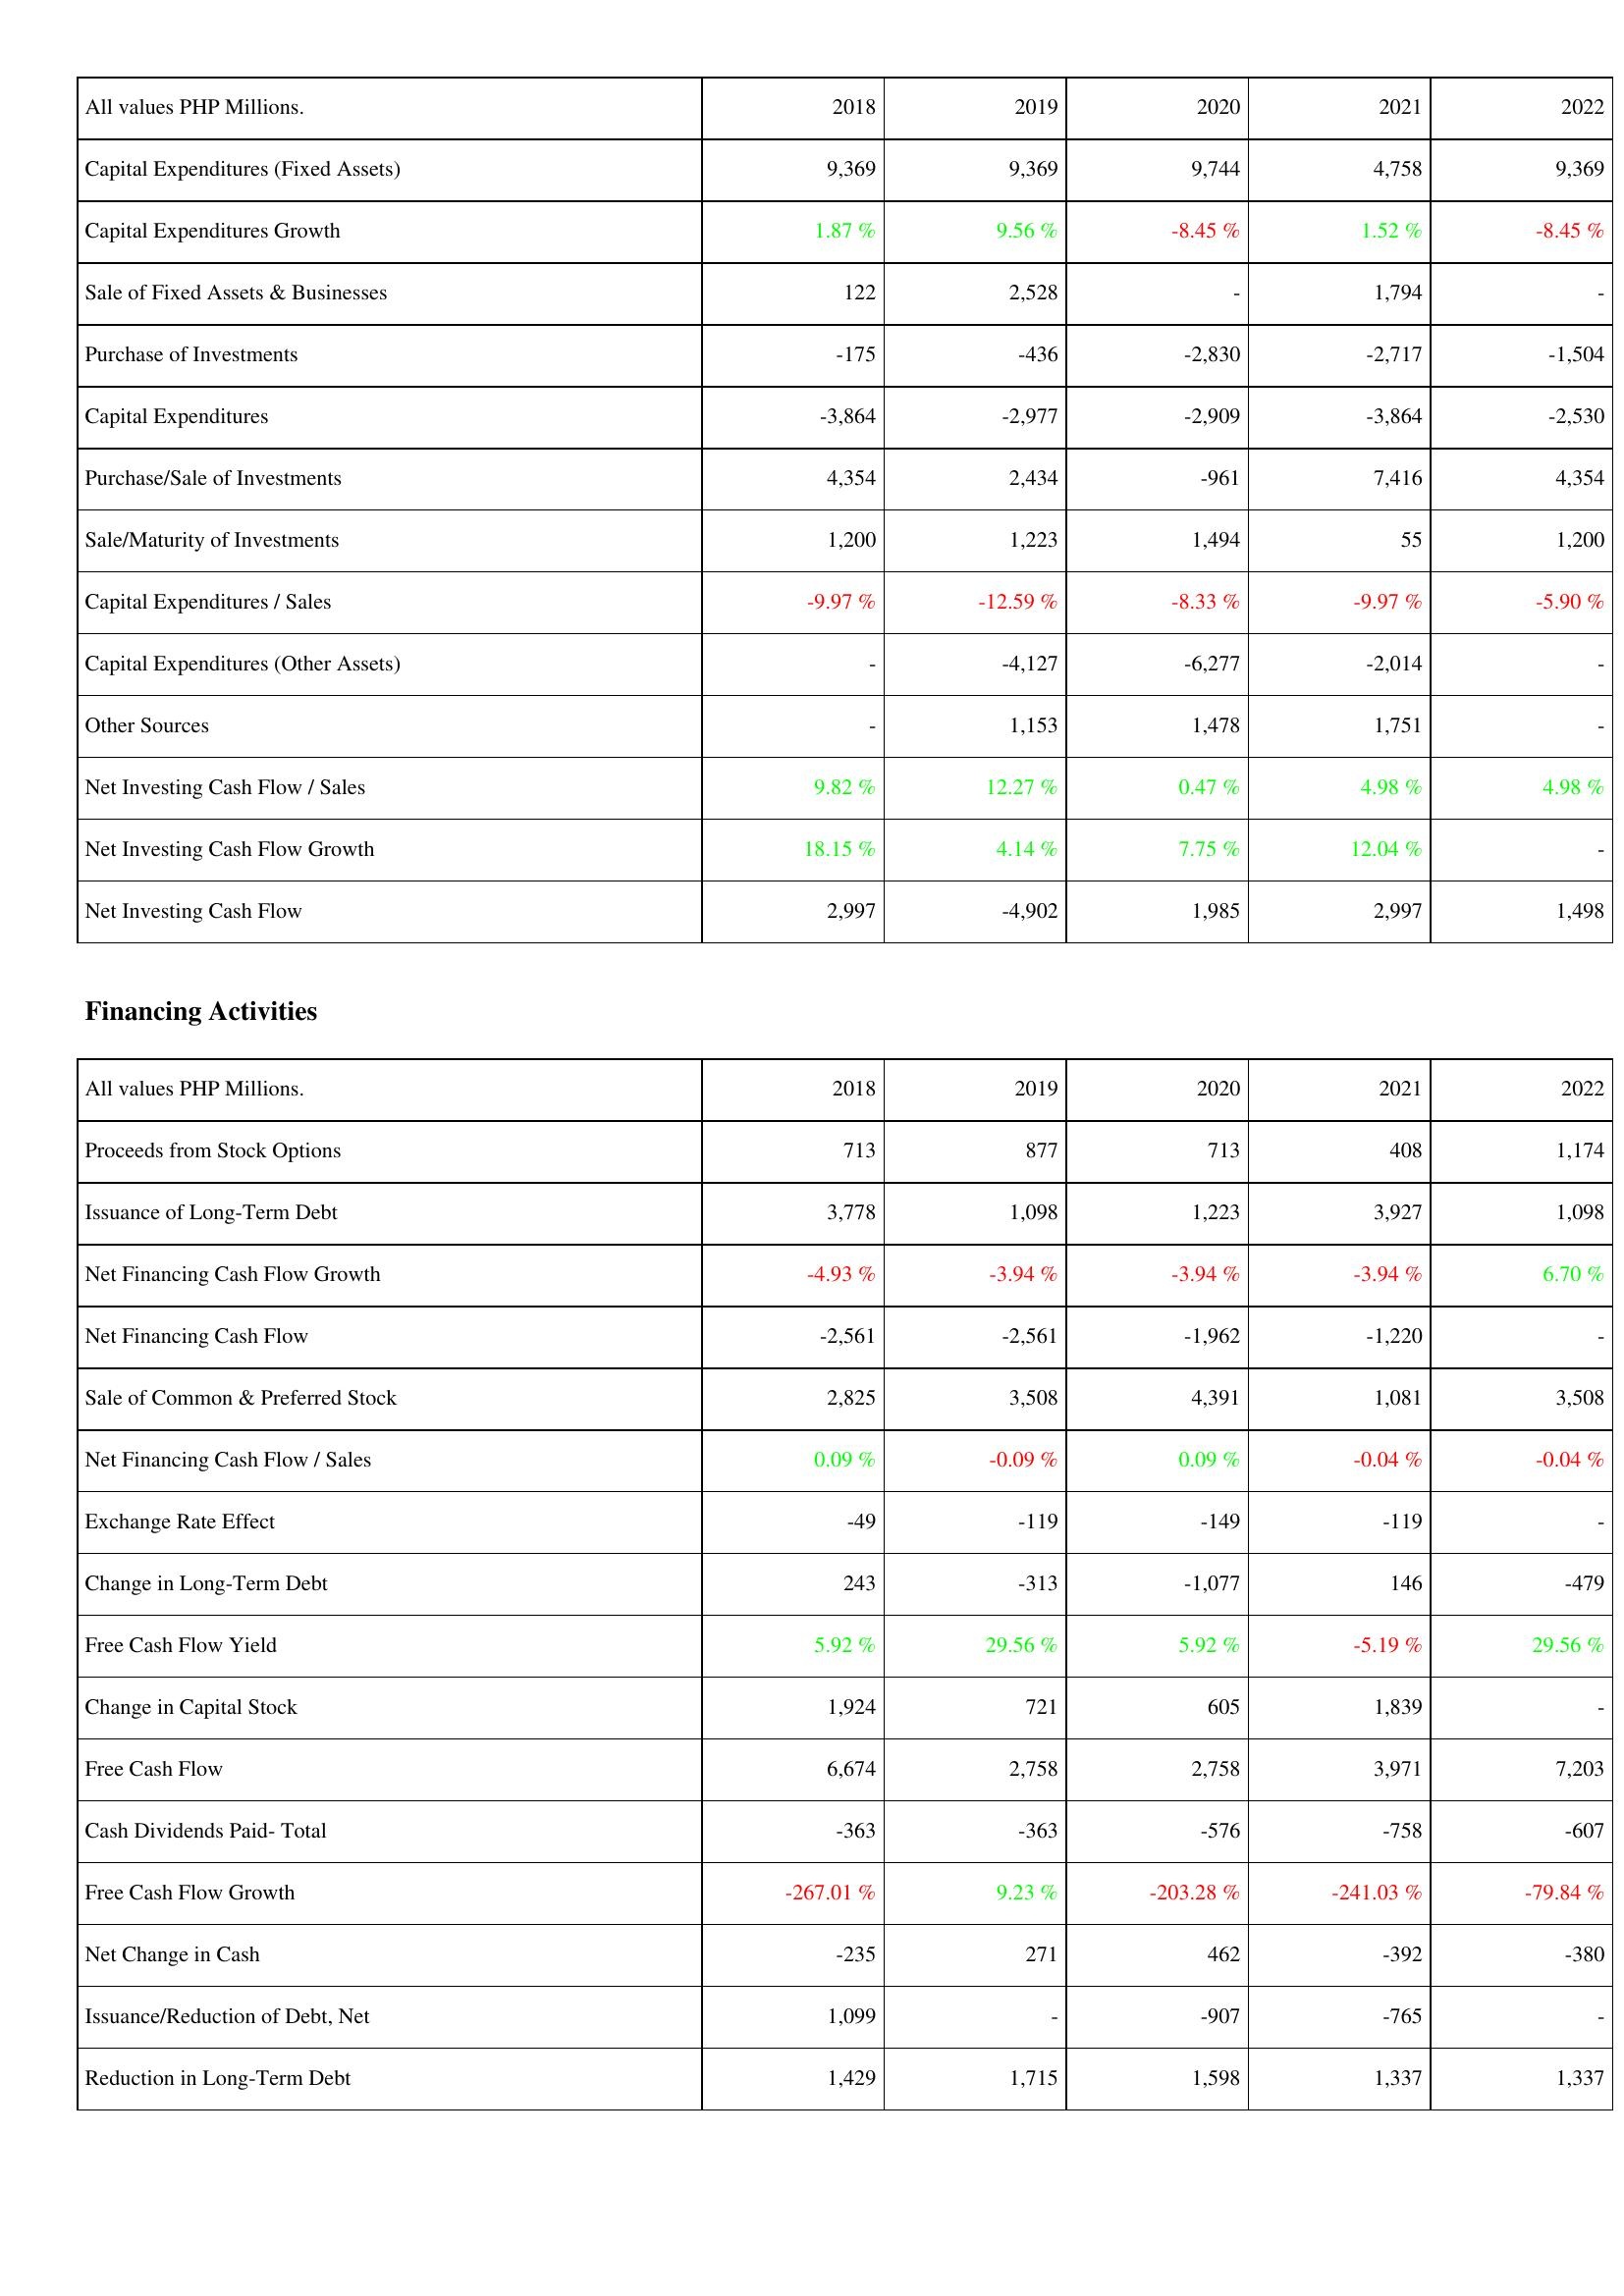
2018: Investing Activities: Capital Expenditures (Fixed Assets): 9,369
Capital Expenditures Growth: 1.87 %
Sale of Fixed Assets & Businesses: 122
Purchase of Investments: -175
Capital Expenditures: -3,864
Purchase/Sale of Investments: 4,354
Sale/Maturity of Investments: 1,200
Capital Expenditures / Sales: -9.97 %
Capital Expenditures (Other Assets): -
Other Sources: -
Net Investing Cash Flow / Sales: 9.82 %
Net Investing Cash Flow Growth: 18.15 %
Net Investing Cash Flow: 2,997
Financing Activities: Proceeds from Stock Options: 713
Issuance of Long-Term Debt: 3,778
Net Financing Cash Flow Growth: -4.93 %
Net Financing Cash Flow: -2,561
Sale of Common & Preferred Stock: 2,825
Net Financing Cash Flow / Sales: 0.09 %
Exchange Rate Effect: -49
Change in Long-Term Debt: 243
Free Cash Flow Yield: 5.92 %
Change in Capital Stock: 1,924
Free Cash Flow: 6,674
Cash Dividends Paid- Total: -363
Free Cash Flow Growth: -267.01 %
Net Change in Cash: -235
Issuance/Reduction of Debt, Net: 1,099
Reduction in Long-Term Debt: 1,429
2019: Investing Activities: Capital Expenditures (Fixed Assets): 9,369
Capital Expenditures Growth: 9.56 %
Sale of Fixed Assets & Businesses: 2,528
Purchase of Investments: -436
Capital Expenditures: -2,977
Purchase/Sale of Investments: 2,434
Sale/Maturity of Investments: 1,223
Capital Expenditures / Sales: -12.59 %
Capital Expenditures (Other Assets): -4,127
Other Sources: 1,153
Net Investing Cash Flow / Sales: 12.27 %
Net Investing Cash Flow Growth: 4.14 %
Net Investing Cash Flow: -4,902
Financing Activities: Proceeds from Stock Options: 877
Issuance of Long-Term Debt: 1,098
Net Financing Cash Flow Growth: -3.94 %
Net Financing Cash Flow: -2,561
Sale of Common & Preferred Stock: 3,508
Net Financing Cash Flow / Sales: -0.09 %
Exchange Rate Effect: -119
Change in Long-Term Debt: -313
Free Cash Flow Yield: 29.56 %
Change in Capital Stock: 721
Free Cash Flow: 2,758
Cash Dividends Paid- Total: -363
Free Cash Flow Growth: 9.23 %
Net Change in Cash: 271
Issuance/Reduction of Debt, Net: -
Reduction in Long-Term Debt: 1,715
2020: Investing Activities: Capital Expenditures (Fixed Assets): 9,744
Capital Expenditures Growth: -8.45 %
Sale of Fixed Assets & Businesses: -
Purchase of Investments: -2,830
Capital Expenditures: -2,909
Purchase/Sale of Investments: -961
Sale/Maturity of Investments: 1,494
Capital Expenditures / Sales: -8.33 %
Capital Expenditures (Other Assets): -6,277
Other Sources: 1,478
Net Investing Cash Flow / Sales: 0.47 %
Net Investing Cash Flow Growth: 7.75 %
Net Investing Cash Flow: 1,985
Financing Activities: Proceeds from Stock Options: 713
Issuance of Long-Term Debt: 1,223
Net Financing Cash Flow Growth: -3.94 %
Net Financing Cash Flow: -1,962
Sale of Common & Preferred Stock: 4,391
Net Financing Cash Flow / Sales: 0.09 %
Exchange Rate Effect: -149
Change in Long-Term Debt: -1,077
Free Cash Flow Yield: 5.92 %
Change in Capital Stock: 605
Free Cash Flow: 2,758
Cash Dividends Paid- Total: -576
Free Cash Flow Growth: -203.28 %
Net Change in Cash: 462
Issuance/Reduction of Debt, Net: -907
Reduction in Long-Term Debt: 1,598
2021: Investing Activities: Capital Expenditures (Fixed Assets): 4,758
Capital Expenditures Growth: 1.52 %
Sale of Fixed Assets & Businesses: 1,794
Purchase of Investments: -2,717
Capital Expenditures: -3,864
Purchase/Sale of Investments: 7,416
Sale/Maturity of Investments: 55
Capital Expenditures / Sales: -9.97 %
Capital Expenditures (Other Assets): -2,014
Other Sources: 1,751
Net Investing Cash Flow / Sales: 4.98 %
Net Investing Cash Flow Growth: 12.04 %
Net Investing Cash Flow: 2,997
Financing Activities: Proceeds from Stock Options: 408
Issuance of Long-Term Debt: 3,927
Net Financing Cash Flow Growth: -3.94 %
Net Financing Cash Flow: -1,220
Sale of Common & Preferred Stock: 1,081
Net Financing Cash Flow / Sales: -0.04 %
Exchange Rate Effect: -119
Change in Long-Term Debt: 146
Free Cash Flow Yield: -5.19 %
Change in Capital Stock: 1,839
Free Cash Flow: 3,971
Cash Dividends Paid- Total: -758
Free Cash Flow Growth: -241.03 %
Net Change in Cash: -392
Issuance/Reduction of Debt, Net: -765
Reduction in Long-Term Debt: 1,337
2022: Investing Activities: Capital Expenditures (Fixed Assets): 9,369
Capital Expenditures Growth: -8.45 %
Sale of Fixed Assets & Businesses: -
Purchase of Investments: -1,504
Capital Expenditures: -2,530
Purchase/Sale of Investments: 4,354
Sale/Maturity of Investments: 1,200
Capital Expenditures / Sales: -5.90 %
Capital Expenditures (Other Assets): -
Other Sources: -
Net Investing Cash Flow / Sales: 4.98 %
Net Investing Cash Flow Growth: -
Net Investing Cash Flow: 1,498
Financing Activities: Proceeds from Stock Options: 1,174
Issuance of Long-Term Debt: 1,098
Net Financing Cash Flow Growth: 6.70 %
Net Financing Cash Flow: -
Sale of Common & Preferred Stock: 3,508
Net Financing Cash Flow / Sales: -0.04 %
Exchange Rate Effect: -
Change in Long-Term Debt: -479
Free Cash Flow Yield: 29.56 %
Change in Capital Stock: -
Free Cash Flow: 7,203
Cash Dividends Paid- Total: -607
Free Cash Flow Growth: -79.84 %
Net Change in Cash: -380
Issuance/Reduction of Debt, Net: -
Reduction in Long-Term Debt: 1,337